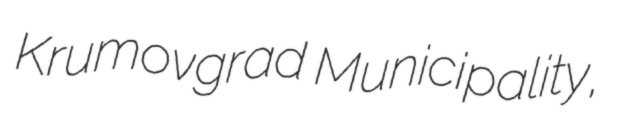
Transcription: Krumovgrad Municipality,